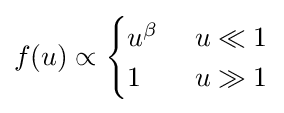
f(u)\propto {\begin{cases}u^{\beta }&\ u\ll 1\\1&\ u\gg 1\end{cases}}